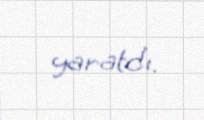
yaratdı.